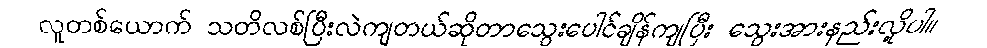
လူတစ်ယောက် သတိလစ်ပြီးလဲကျတယ်ဆိုတာသွေးပေါင်ချိန်ကျပြီး သွေးအားနည်းလို့ပါ။